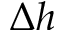
\Delta h